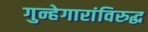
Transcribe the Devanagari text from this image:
गुन्हेगारांविरुद्ध